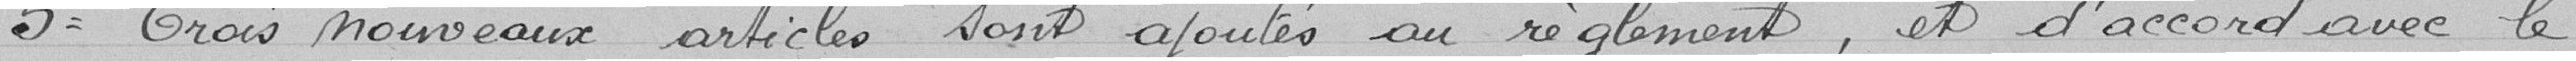
5°: trois nouveaux articles sont ajoutés au règlement et, d'accord avec le